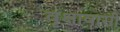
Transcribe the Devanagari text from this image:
वृक्षावासी